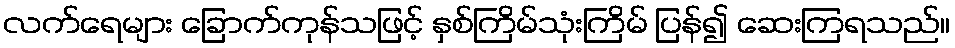
လက်ရေများ ခြောက်ကုန်သဖြင့် နှစ်ကြိမ်သုံးကြိမ် ပြန်၍ ဆေးကြရသည်။